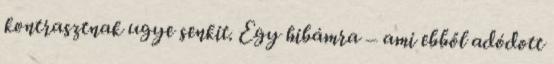
kontrasztnak ugye senkit. Egy hibámra – ami ebből adódott